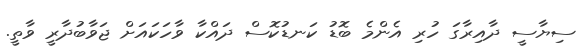
ސިޔާސީ ދާއިރާގަ ހުރި އެންމެ ބޮޑު ކަނޑުކޮސް ދައްކާ ވާހަކައަށް ޖަވާބުދާރީ ވާތީ.